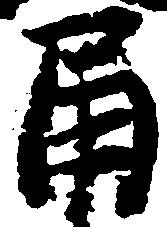
角